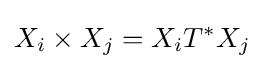
X_{i}\times X_{j}=X_{i}T^{*}X_{j}